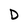
Character: D